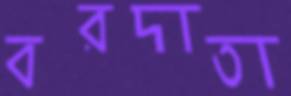
বরদাতা